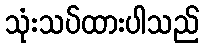
သုံးသပ်ထားပါသည်